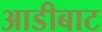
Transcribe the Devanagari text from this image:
आडीबाट